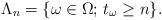
LaTeX: \begin{align*}\Lambda_n=\{\omega\in\Omega;\, t_\omega\ge n\}.\end{align*}